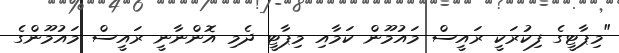
"މިޕާޓީގެ ފިކުރަކީ ރައީސް މައުމޫން ކަމާއި މިޕާޓީ ދެމި އޮންނާނީ ރައީސް މައުމޫންގެ